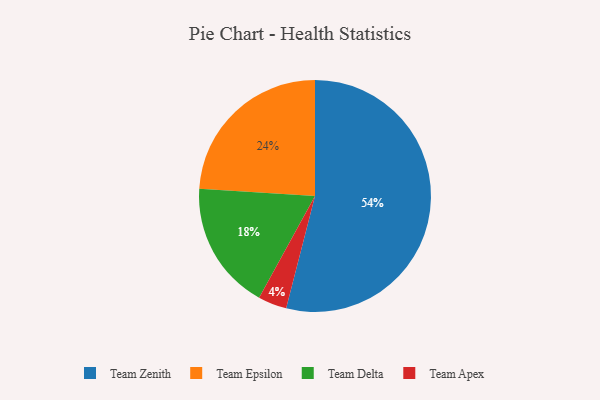
{"axis": {"x": "Category", "y": "Percentage"}, "legend": ["Team Apex", "Team Delta", "Team Epsilon", "Team Zenith"], "data": [{"x": "Team Zenith", "y": 54, "type": "Team Zenith"}, {"x": "Team Apex", "y": 4, "type": "Team Apex"}, {"x": "Team Epsilon", "y": 24, "type": "Team Epsilon"}, {"x": "Team Delta", "y": 18, "type": "Team Delta"}]}